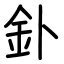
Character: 釙